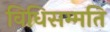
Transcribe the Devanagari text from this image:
विधिसम्मति